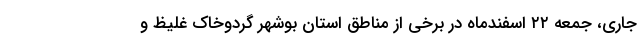
جاری، جمعه ۲۲ اسفندماه در برخی از مناطق استان بوشهر گردوخاک غلیظ و